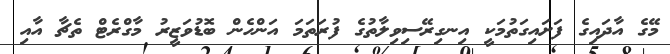
މޭގެ އާދައިގެ ފަށައިގަތުމަކީ އިނގިރޭސިވިލާތުގެ ފުރަތަމަ އަންހެން ބޮޑުވަޒީރު މާގްރެޓް ތެޗާ އާއި